65_HS1-834228961_62-HQ-83894_Section_9
Agency: FBI
Page 254
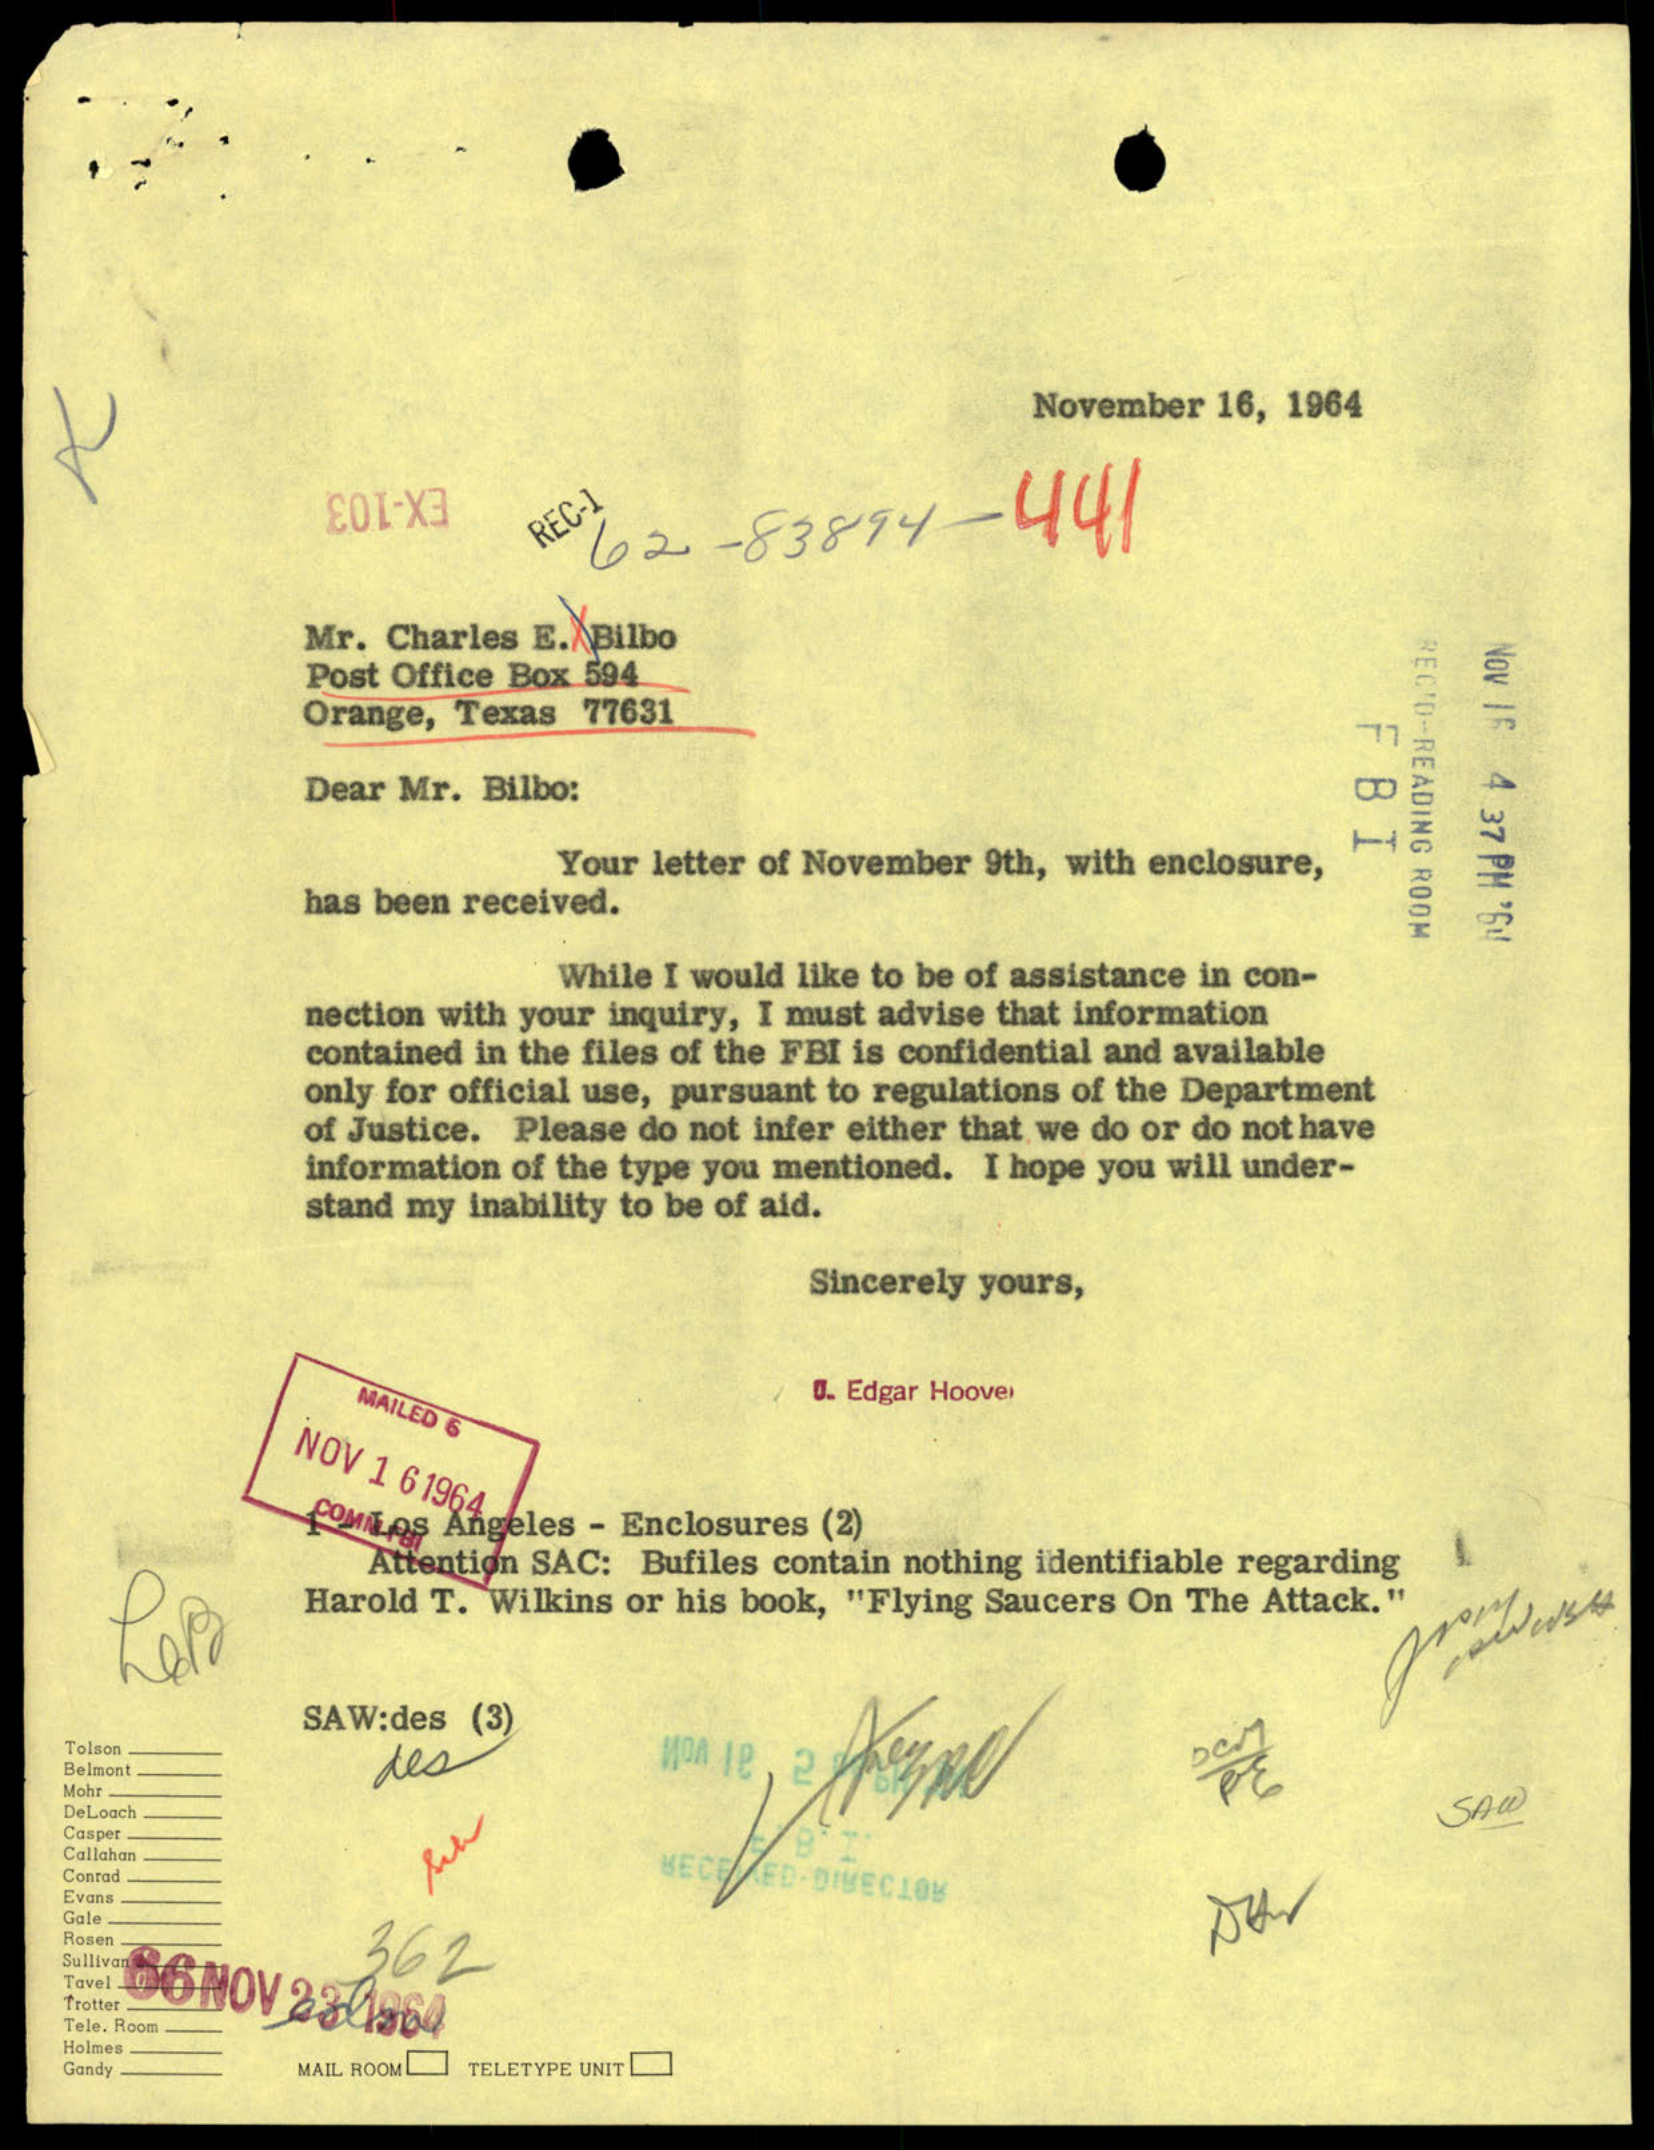